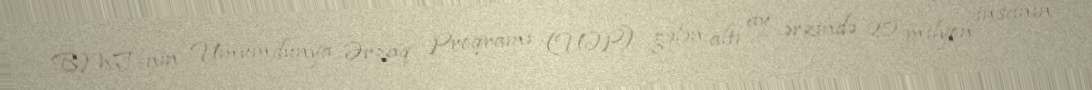
BMT-nin Ümumdünya Ərzaq Proqramı (ÜƏP) gələn altı ay ərzində 20 milyon insanın